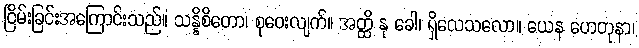
ငြိမ်းခြင်းအကြောင်းသည်။ သန္နိစိတော၊ စုဝေးလျက်။ အတ္ထိ နု ခေါ၊ ရှိလေသလော။ ယေန ဟေတုနာ၊